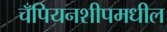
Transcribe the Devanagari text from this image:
चँपियनशीपमधील